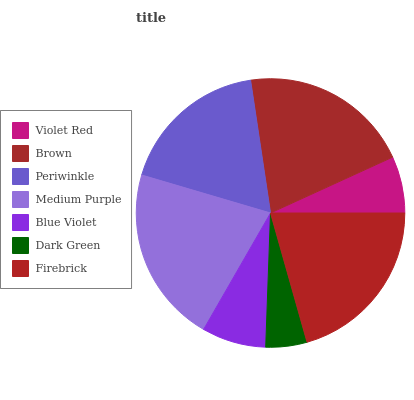
| Violet Red | Brown | Periwinkle | Medium Purple | Blue Violet | Dark Green | Firebrick |
 | --- | --- | --- | --- | --- | --- | --- |
 | 6.81% | 20.5% | 18.1% | 21.3% | 7.72% | 4.94% | 20.6% |